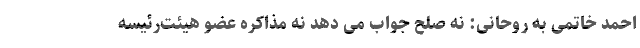
احمد خاتمی به روحانی: نه صلح جواب می دهد نه مذاکره عضو هیئت‌رئیسه